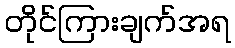
တိုင်ကြားချက်အရ